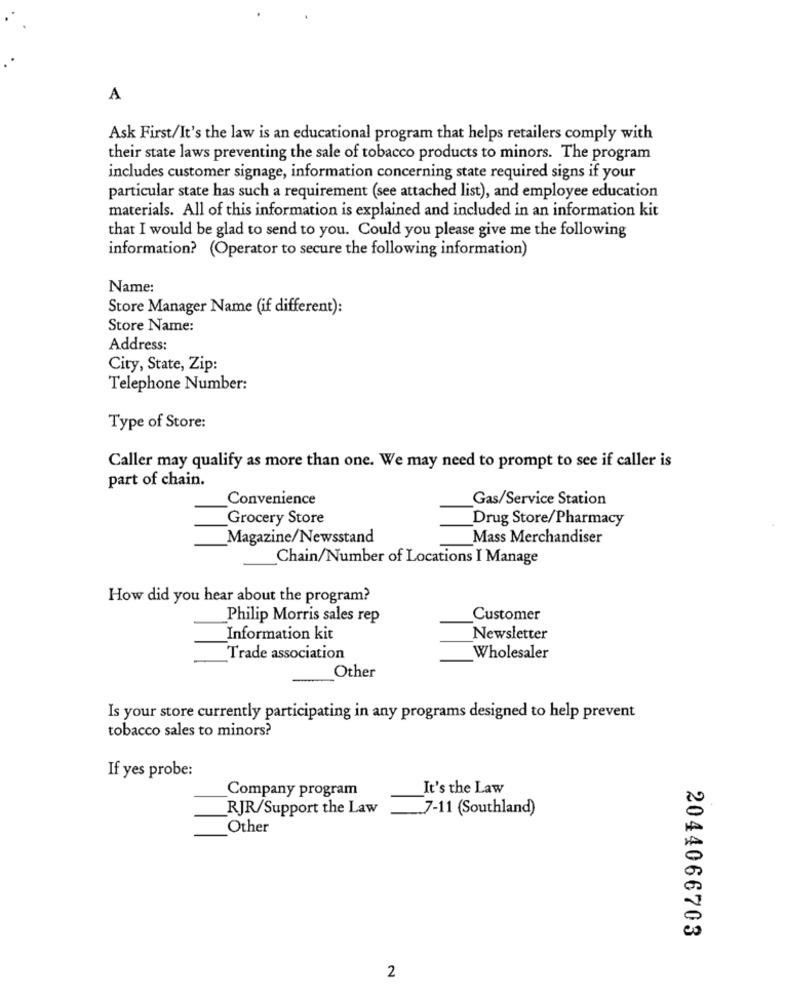
A
Ask First/It's the law is an educational program that helps retailers comply with
their state laws preventing the sale of tobacco products to minors. The program
includes customer signage, information concerning state required signs if your
particular state has such a requirement (see attached list), and employee education
materials. All of this information is explained and included in an information kit
that I would be glad to send to you. Could you please give me the following
information? (Operator to secure the following information)
Name:
Store Manager Name (if different):
Store Name:
Address:
City, State, Zip:
Telephone Number:
Type of Store:
Caller may qualify as more than one. We may need to prompt to see if caller is
part of chain.
Convenience
Gas/Service Station
Grocery Store
Drug Store/Pharmacy
Magazine/Newsstand
Mass Merchandiser
Chain/Number of Locations I Manage
How did you hear about the program?
Philip Morris sales rep
Customer
Information kit
Newsletter
Trade association
Wholesaler
Other
Is your store currently participating in any programs designed to help prevent
tobacco sales to minors?
If yes probe:
Company program
It's the Law
RJR/Support the Law
7-11 (Southland)
Other
2044066703
2